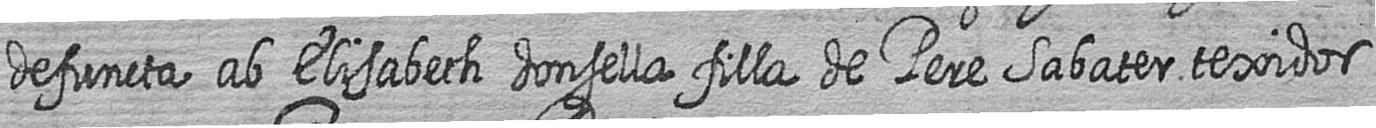
defuncta ab Elisabeth donsella filla de Pere Sabater texidor